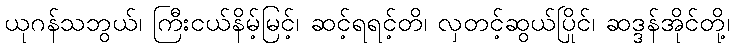
ယုဂန်သဘွယ်၊ ကြီးငယ်နိမ့်မြင့်၊ ဆင့်ရရင့်တိ၊ လှတင့်ဆွယ်ပြိုင်၊ ဆဒ္ဒန်အိုင်တို့၊